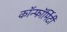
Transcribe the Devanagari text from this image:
कॉन्फॉर्मिटी